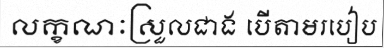
លក្ខណៈស្រួលជាង បើតាមរបៀប